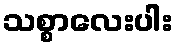
သစ္စာလေးပါး